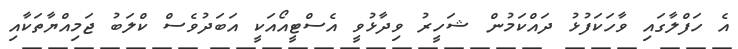
އެ ހަފްލާގައި ވާހަކަފުޅު ދައްކަމުން ޝަހީރު ވިދާޅުވީ އެސްޓީއޯއަކީ އަބަދުވެސް ކްލަބު ޖަމިއްޔާތަކާއި